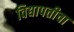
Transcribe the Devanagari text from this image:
विद्यापतीचा